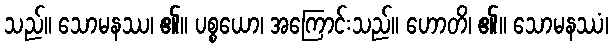
သည်။ သောမနဿ၊ ၏။ ပစ္စယော၊ အကြောင်းသည်။ ဟောတိ၊ ၏။ သောမနဿံ၊